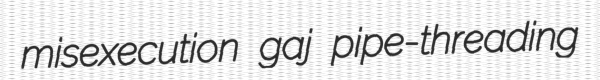
misexecution gaj pipe-threading